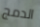
الدمج